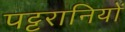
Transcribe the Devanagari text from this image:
पट्टरानियों